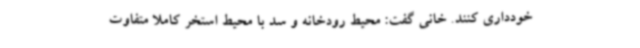
خودداری کنند. خانی گفت: محیط رودخانه و سد با محیط استخر کاملا متفاوت